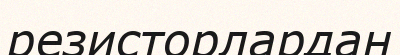
резисторлардан